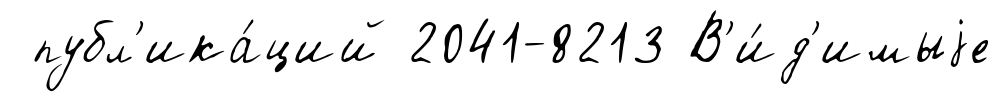
публ'ика́ций 2041-8213 В'и́д'имыjе